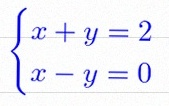
\begin{cases}x+y=2\\x-y=0\end{cases}